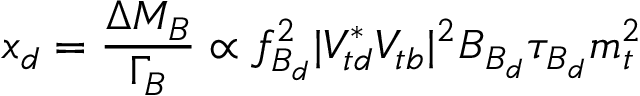
x _ { d } = \frac { \Delta M _ { B } } { \Gamma _ { B } } \propto f _ { B _ { d } } ^ { 2 } | V _ { t d } ^ { * } V _ { t b } | ^ { 2 } B _ { B _ { d } } \tau _ { B _ { d } } m _ { t } ^ { 2 }